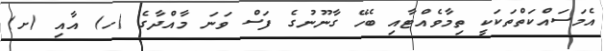
އެމަސައްކަތްތަކަކީ ތިމާވެއްޓާއި ބެހޭ ގާނޫނުގެ ފަސް ވަނަ މާއްދާގެ (ހ) އާއި (ށ)